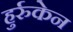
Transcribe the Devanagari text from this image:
हुर्रुकेन